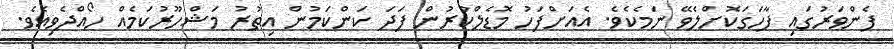
ފެންވަރުގައި ފާހަގަކޮށްލެވޭ ނަމެކެވެ. އެއަށްފަހު މޮޑެލްކުރުން ފަދަ ކަންކަމުން އިތުރު މަޝްހޫރުކަމެއް ހޯއްދެވިއެވެ.